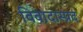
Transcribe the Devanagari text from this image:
विवादास्प्रद